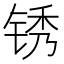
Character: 锈